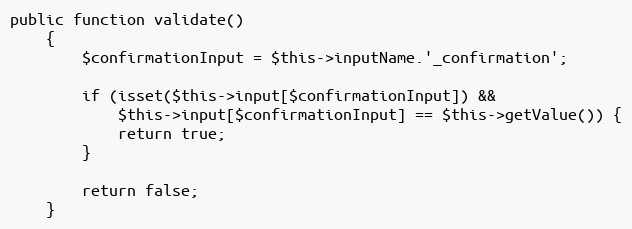
Language: PHP
public function validate()
    {
        $confirmationInput = $this->inputName.'_confirmation';

        if (isset($this->input[$confirmationInput]) &&
            $this->input[$confirmationInput] == $this->getValue()) {
            return true;
        }

        return false;
    }